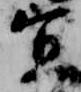
宣